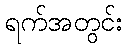
ရက်အတွင်း